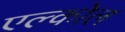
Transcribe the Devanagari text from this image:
एल्कोल